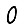
Digit: 0